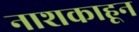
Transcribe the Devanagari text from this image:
नाशकाहून